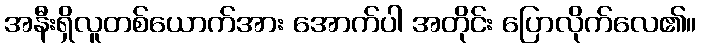
အနီးရှိလူတစ်ယောက်အား အောက်ပါ အတိုင်း ပြောလိုက်လေ၏။